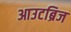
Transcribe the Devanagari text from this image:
आउटब्रिज